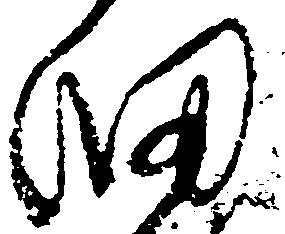
細